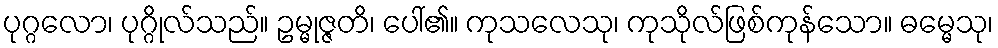
ပုဂ္ဂလော၊ ပုဂ္ဂိုလ်သည်။ ဥမ္မုဇ္ဇတိ၊ ပေါ်၏။ ကုသလေသု၊ ကုသိုလ်ဖြစ်ကုန်သော။ ဓမ္မေသု၊